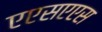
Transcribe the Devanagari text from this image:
एएसएएस